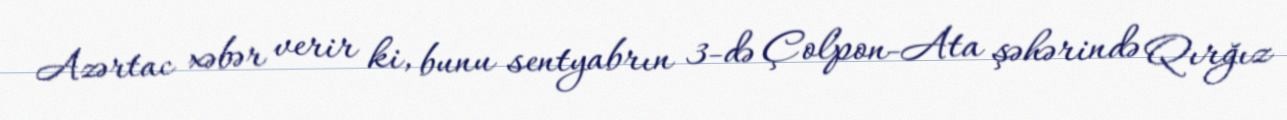
Azərtac xəbər verir ki, bunu sentyabrın 3-də Çolpon-Ata şəhərində Qırğız